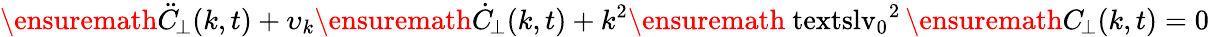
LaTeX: \ensuremath{\ddot{C}_{\! \! \: \perp}}(k,t)+\upsilon_{k}\ensuremath{\dot{C}_{\! \! \: \perp}}(k,t)+k^{2}\ensuremath{\mathrm{\ textsl{v}}_{0}}^{2}\, \ensuremath{C_{\! \! \: \perp}}(k,t)=0